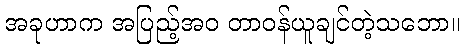
အခုဟာက အပြည့်အဝ တာဝန်ယူချင်တဲ့သဘော။